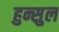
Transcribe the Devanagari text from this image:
हुन्सुल